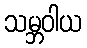
သမ္ဘဝါယ